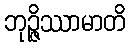
ဘုဉ္ဇိဿာမာတိ